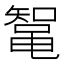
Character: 𱌄